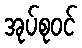
အုပ်စုဝင်